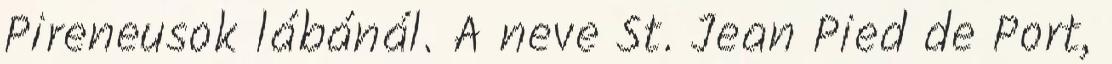
Pireneusok lábánál. A neve St. Jean Pied de Port,